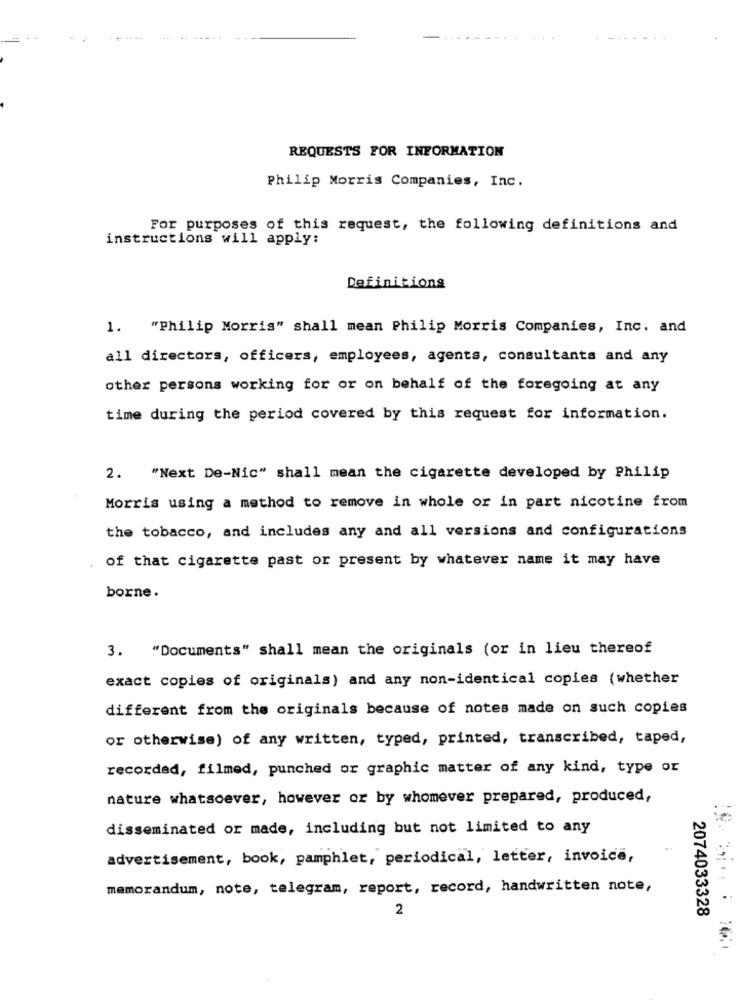
REQUESTS FOR INFORMATION
Philip Morris Companies, Inc.
For purposes of this request, the following definitions and
instructions will apply:
Definitions
1. "Philip Morris" shall mean Philip Morris Companies, Inc. and
all directors, officers, employees, agents, consultants and any
other persons working for or on behalf of the foregoing at any
time during the period covered by this request for information.
2. "Next De-Nic" shall mean the cigarette developed by Philip
Morris using a method to remove in whole or in part nicotine from
the tobacco, and includes any and all versions and configurations
of that cigarette past or present by whatever name it may have
borne.
3. "Documents" shall mean the originals (or in lieu thereof
exact copies of originals) and any non-identical copies (whether
different from the originals because of notes made on such copies
or otherwise) of any written, typed, printed, transcribed, taped,
recordad, filmed, punched or graphic matter of any kind, type or
nature whatsoever, however or by whomever prepared, produced,
disseminated or made, including but not limited to any
advertisement, book, pamphlet, periodical, letter, invoice,
memorandum, note, telegram, report, record, handwritten note,
2
2074033328